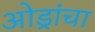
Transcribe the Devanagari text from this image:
ओड्रांचा